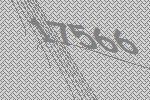
17566